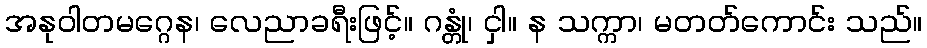
အနုဝါတမဂ္ဂေန၊ လေညာခရီးဖြင့်။ ဂန္တုံ၊ ငှါ။ န သက္ကာ၊ မတတ်ကောင်း သည်။